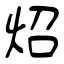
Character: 炤